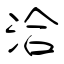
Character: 洽